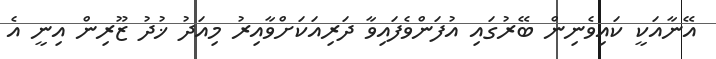
އޭނާއަކީ ކައިވެނިން ބޭރުގައި އުފަންވެފައިވާ ދަރިއަކަށްވާއިރު މިއަދު ޚުދު ޒޫރިން އިނީ އެ